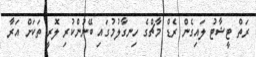
ރަތް ޓީޝާޓު ލައިގެން ރެޑް މާޗްގެ ހިނގާލުމުގައި ބޭނުންކުރި ލޮރީ ތަކަށް އަރާ